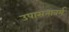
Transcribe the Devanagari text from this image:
उपासनावर्म